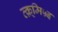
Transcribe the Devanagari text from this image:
व्क़्मि५इ